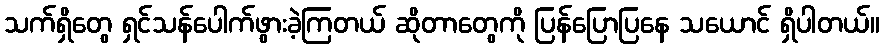
သက်ရှိတွေ ရှင်သန်ပေါက်ဖွားခဲ့ကြတယ် ဆိုတာတွေကို ပြန်ပြောပြနေ သယောင် ရှိပါတယ်။